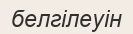
белгілеуін